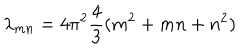
\lambda _ { m n } = 4 \pi ^ { 2 } { \frac { 4 } { 3 } } ( m ^ { 2 } + m n + n ^ { 2 } )